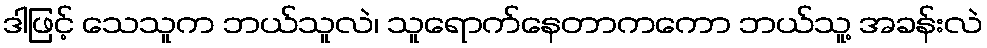
ဒါဖြင့် သေသူက ဘယ်သူလဲ၊ သူရောက်နေတာကကော ဘယ်သူ့ အခန်းလဲ